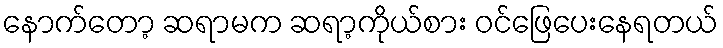
နောက်တော့ ဆရာမက ဆရာ့ကိုယ်စား ဝင်ဖြေပေးနေရတယ်